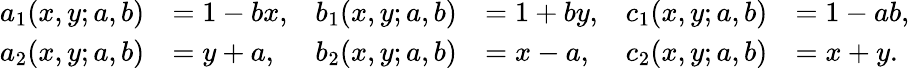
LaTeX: \begin{array}{rl}{a_{1}(x,y;a,b)}&{=1-bx,}\\ {a_{2}(x,y;a,b)}&{=y+a,}\end{array}\quad\begin{array}{rl}{b_{1}(x,y;a,b)}&{=1+by,}\\ {b_{2}(x,y;a,b)}&{=x-a,}\end{array}\quad\begin{array}{rl}{c_{1}(x,y;a,b)}&{=1-ab,}\\ {c_{2}(x,y;a,b)}&{=x+y.}\end{array}